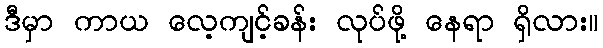
ဒီမှာ ကာယ လေ့ကျင့်ခန်း လုပ်ဖို့ နေရာ ရှိလား။